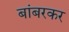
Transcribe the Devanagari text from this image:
बांबरकर